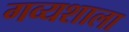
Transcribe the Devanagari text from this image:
गव्यशाला